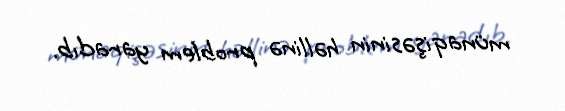
münaqişəsinin həllinə problem yaradıb.